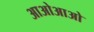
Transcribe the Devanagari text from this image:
आओआओ